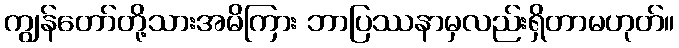
ကျွန်တော်တို့သားအမိကြား ဘာပြဿနာမှလည်းရှိတာမဟုတ်။